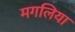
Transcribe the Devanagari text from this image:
मगलिया